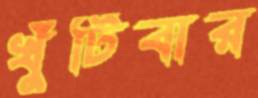
খুঁটিবার